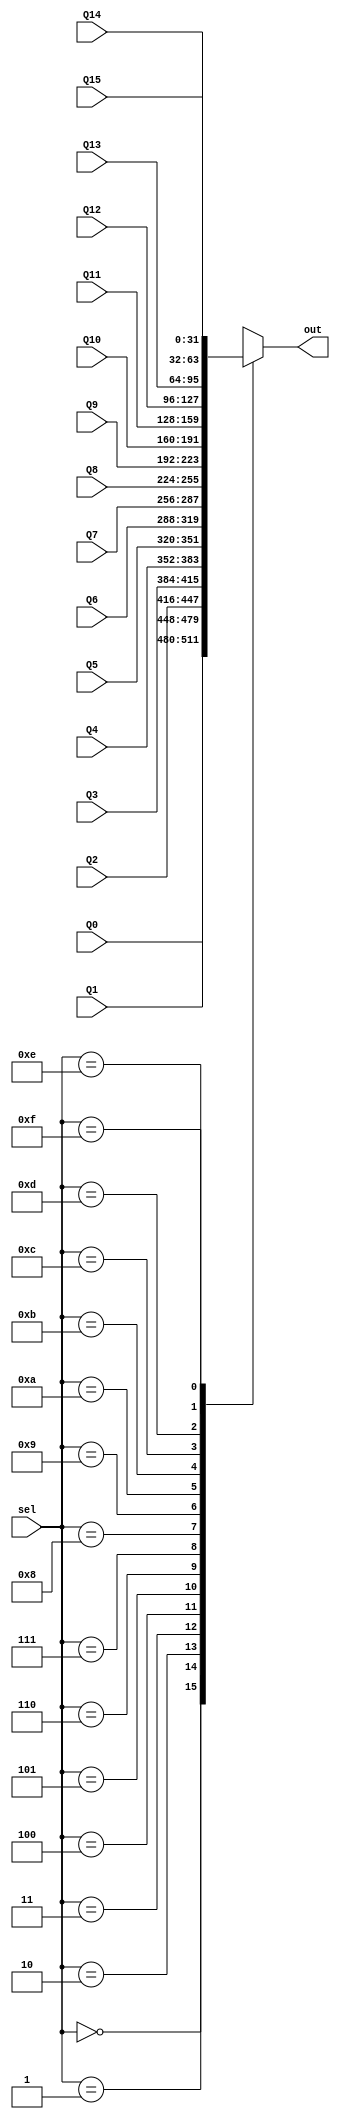
module mux16x1(Q0,Q1,Q2,Q3,Q4,Q5,Q6,Q7,Q8,Q9,Q10,Q11,Q12,Q13,Q14,Q15,sel,out);
input [31:0] Q0,Q1,Q2,Q3,Q4,Q5,Q6,Q7,Q8,Q9,Q10,Q11,Q12,Q13,Q14,Q15;
input [3:0] sel;
output [31:0] out;
reg [31:0] out;

always @*
begin
case(sel)
4'b0000: out = Q0;
4'b0001: out = Q1;
4'b0010: out = Q2;
4'b0011: out = Q3;
4'b0100: out = Q4;
4'b0101: out = Q5;
4'b0110: out = Q6;
4'b0111: out = Q7;
4'b1000: out = Q8;
4'b1001: out = Q9;
4'b1010: out = Q10;
4'b1011: out = Q11;
4'b1100: out = Q12;
4'b1101: out = Q13;
4'b1110: out = Q14;
4'b1111: out = Q15;
endcase
end
endmodule